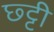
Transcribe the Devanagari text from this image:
छ्ट्टी